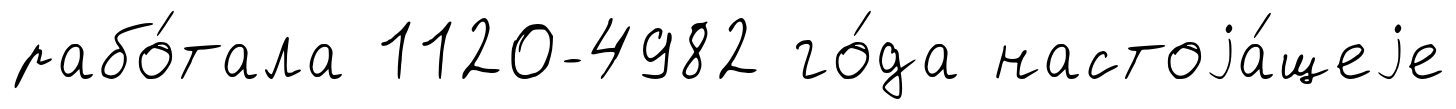
рабо́тала 1120-4982 го́да настоjа́щеjе